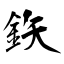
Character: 鉃